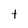
Character: t